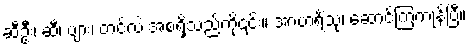
ဆီဦး၊ ဆီ၊ ပျား၊ တင်လဲ အစရှိသည်ကို၎င်း။ အာဟရိံသု၊ ဆောင်ကြကုန်ပြီ။